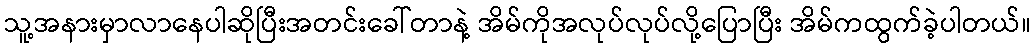
သူ့အနားမှာလာနေပါဆိုပြီးအတင်းခေါ်တာနဲ့ အိမ်ကိုအလုပ်လုပ်လို့ပြောပြီး အိမ်ကထွက်ခဲ့ပါတယ်။